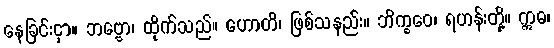
နေခြင်းငှာ။ ဘဗ္ဗော၊ ထိုက်သည်။ ဟောတိ၊ ဖြစ်သနည်း။ ဘိက္ခဝေ၊ ရဟန်းတို့။ ဣဓ၊